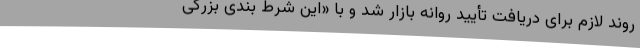
روند لازم برای دریافت تأیید روانه بازار شد و با «این شرط بندی بزرگی